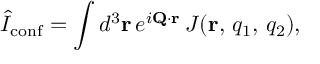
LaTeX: \hat { I } _ { \mathrm { c o n f } } = \int d ^ { 3 } { \bf r } \, e ^ { i { \bf Q } \cdot { \bf r } } \, J ( { \bf r } , \, q _ { 1 } , \, q _ { 2 } ) ,